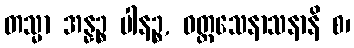
တသ္မာ အန္နဉ္စ ပါနဉ္စ, ဝတ္ထသေနာသနာနိ စ၊